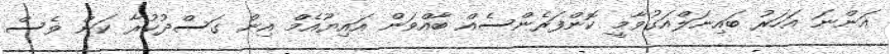
އަންނަ އަހަރު ބައިނަލްއަގުވާމީ ކޮންފަރެންސެއް ބާއްވަން އައިޔޫއެމް އިން ގަސްދުކުރާ ކަން ވެސް